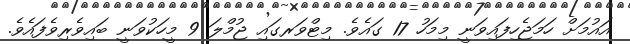
އައުމަށް ހަމަޖެހިފައިވަނީ މިމަހު 17 ގައެވެ. މިޓްވަރގައި ޖުމްލަ 9 މީހަކުވަނީ ބައިވެރިވެފައެވެ.